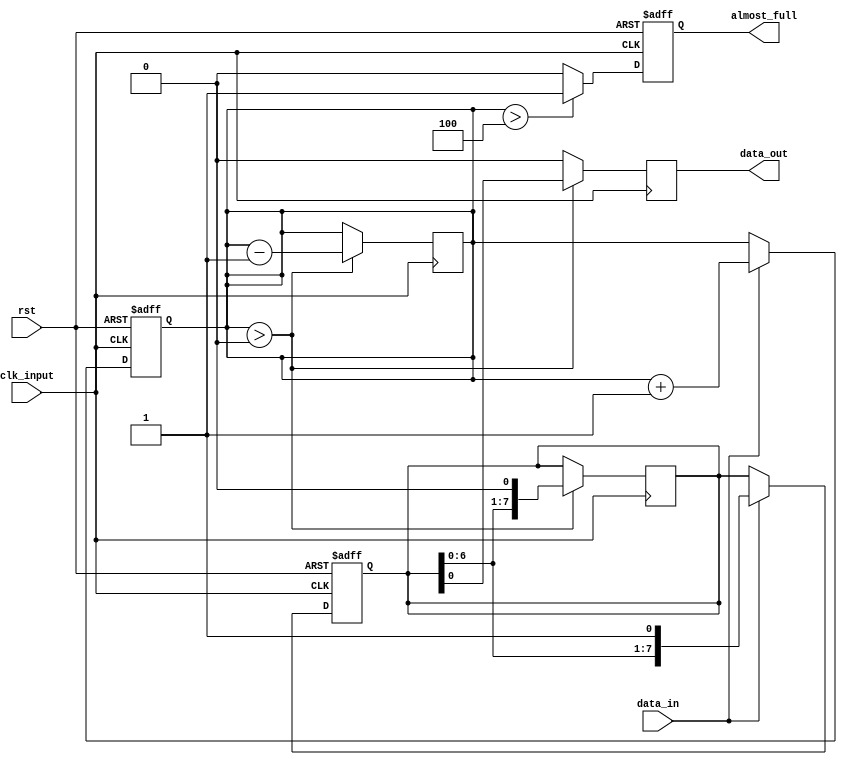
module Almost_Full_FIFO (
    input wire clk_input,
    input wire rst,
    input wire data_in,
    output wire data_out,
    output reg almost_full
);
    
parameter FIFO_DEPTH = 8; // Depth of the FIFO buffer

reg [FIFO_DEPTH-1:0] fifo_buffer;
reg [FIFO_DEPTH-1:0] fill_level;

always @(posedge clk_input or posedge rst) begin
    if (rst) begin
        fifo_buffer <= 0;
        fill_level <= 0;
        almost_full <= 0;
    end else begin
        // FIFO write operation
        if (data_in) begin
            fifo_buffer <= {fifo_buffer[FIFO_DEPTH-2:0], 1'b1};
            fill_level <= fill_level + 1;
        end
        
        // FIFO read operation
        if (fill_level > FIFO_DEPTH/2) begin
            almost_full <= 1;
        end else begin
            almost_full <= 0;
        end
    end
end

// Data output is synchronized with the input clock domain
always @(posedge clk_input) begin
    if (fill_level > 0) begin
        data_out <= fifo_buffer[0];
        fifo_buffer <= {fifo_buffer[FIFO_DEPTH-2:0], 1'b0};
        fill_level <= fill_level - 1;
    end else begin
        data_out <= 1'b0;
    end
end

endmodule